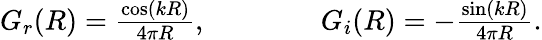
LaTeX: \begin{array}{r}{G_{r}(R)=\frac{\cos(kR)}{4\pi R},\qquad\qquad G_{i}(R)=-\frac{\sin(kR)}{4\pi R}.}\end{array}